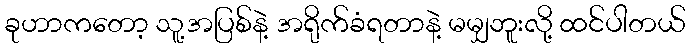
ခုဟာကတော့ သူ့အပြစ်နဲ့ အရိုက်ခံရတာနဲ့ မမျှဘူးလို့ ထင်ပါတယ်